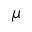
\mu